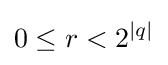
0\leq r<2^{|q|}